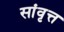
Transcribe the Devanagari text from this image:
सांवृत्त